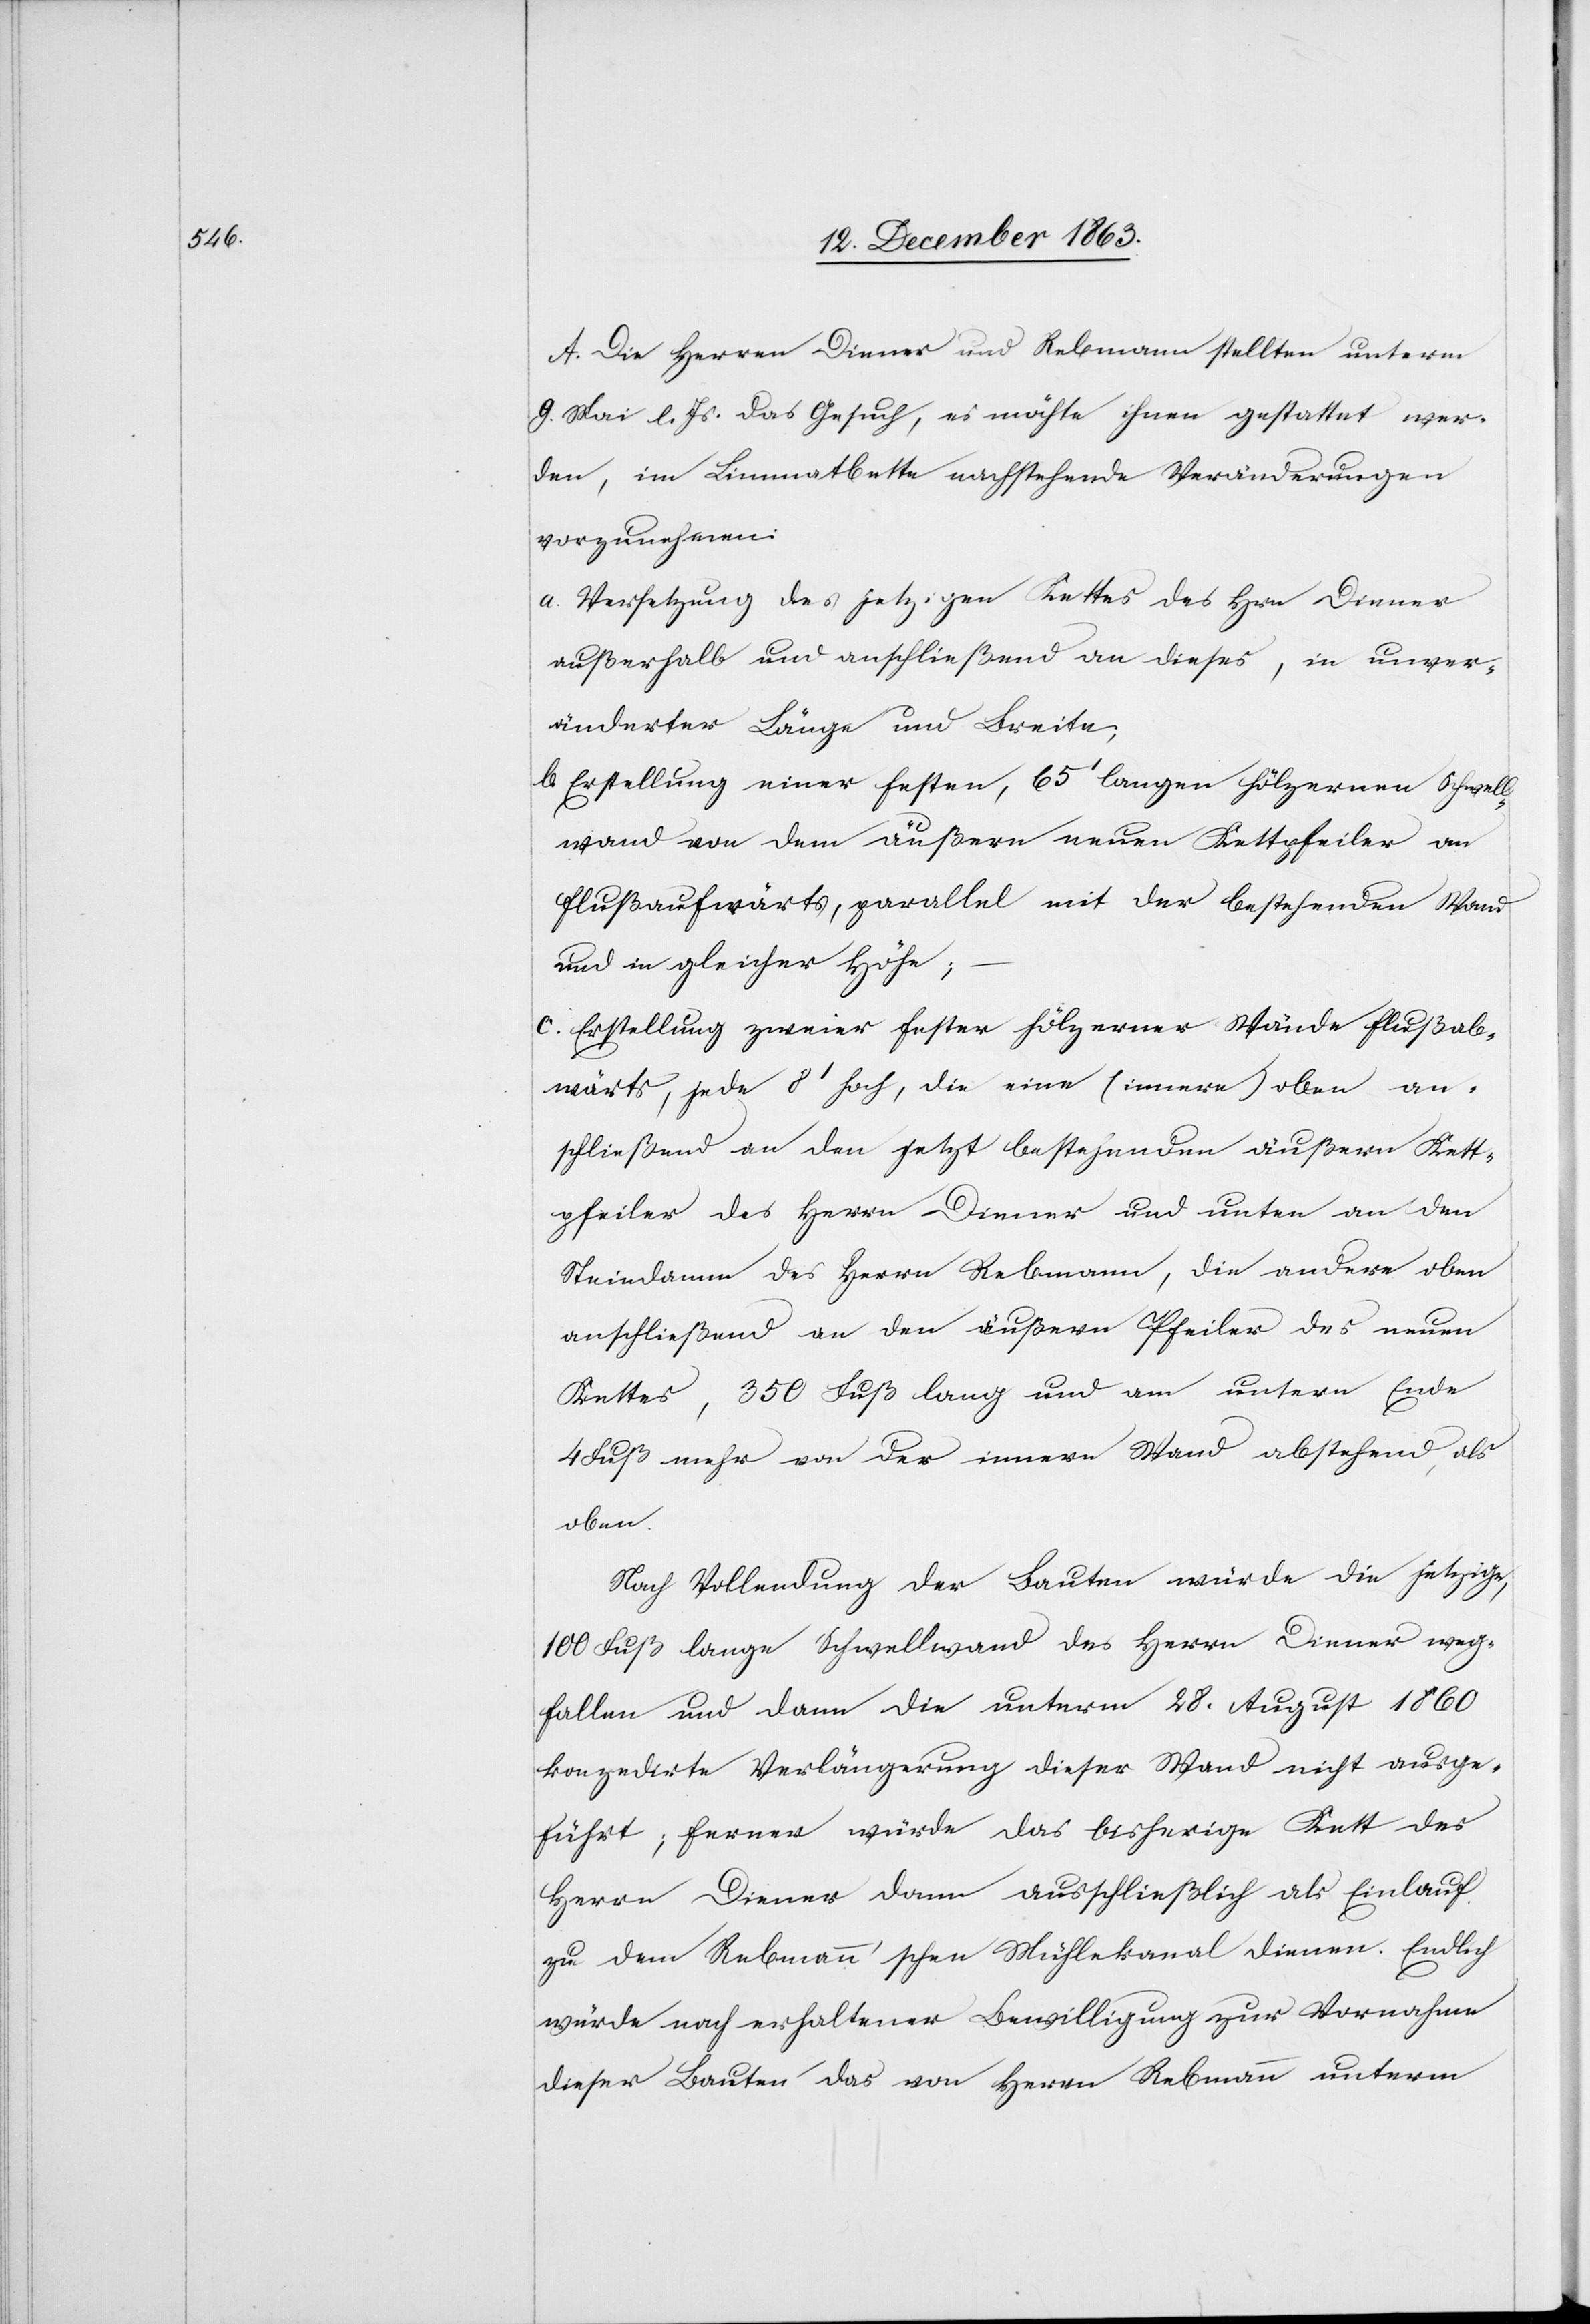
A. Die Herren Diener und Rebmann stellten unterm
9. Mai l. Js. das Gesuch, es möchte ihnen gestattet wer¬
den, im Limmatbette nachstehende Veränderungen
vorzunehmen.
a. Versetzung des jetzigen Kettes des Hrn Diener
außerhalb und anschließend an dieses, in unver¬
änderter Länge und Breite;
b. Erstellung einer festen, 65' langen hölzernen Schwell¬
wand von dem äußern neuen Kettpfeiler an
flußaufwärts, parallel mit der bestehenden Wand
und in gleicher Höhe;
c. Erstellung zweier fester hölzerner Wände flußab¬
wärts, jede 8' hoch, die eine (innere) oben an¬
schließend an den jetzt bestehenden äußern Kett¬
pfeiler des Herrn Diener und unter an den
Steindamm des Herrn Rebmann, die andere oben
anschließend an den äußern Pfeiler des neuen
Kettes, 350 Fuß lang und am untern Ende
4 Fuß mehr von der innern Wand abstehend, als
oben.
Nach Vollendung der Bauten würde die jetzige,
100 Fuß lange Schwellwand des Herrn Diener weg¬
fallen und dann die unterm 28. August 1860
konzedirte Verlängerung dieser Wand nicht ausge¬
führt; ferner würde das bisherige Kett des
Herrn Diener dann ausschließlich als Einlauf
zu dem Rebmann'schen Mühlekanal dienen. Endlich
würde nach erhaltener Bewilligung zur Vornahme
dieser Bauten das von Herrn Rebmann unterm